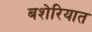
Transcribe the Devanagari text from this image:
बशेरियात